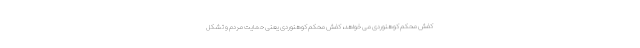
کفش محکم کوهنوردی می خواهد، کفش محکم کوهنوردی یعنی حمایت مردم و تشکل